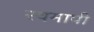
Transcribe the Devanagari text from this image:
स्वमापी